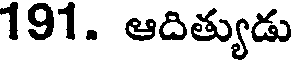
191. ఆదిత్యుడు